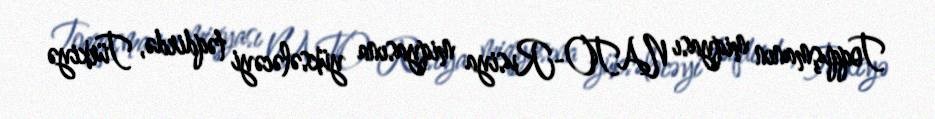
Toqquşmanın miqyası NATO-Rusiya miqyasına yüksələcəyi təqdirdə, Türkiyə